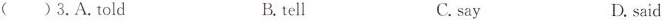
( )3.A.Told B. tell C. say D. said